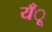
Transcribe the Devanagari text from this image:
यँू